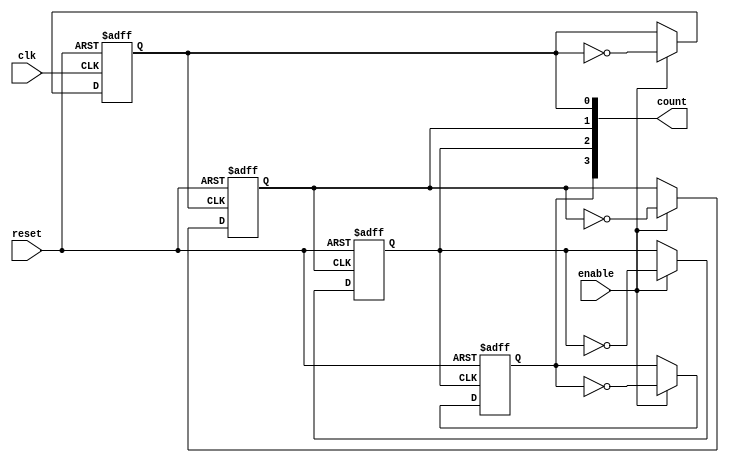
module ChainedParallelCounter #(
    parameter N = 4 // Number of bits (flip-flops)
)(
    input wire clk,          // Clock signal
    input wire reset,        // Asynchronous reset
    input wire enable,       // Enable signal
    output reg [N-1:0] count // Counter output
);

// Chained Counter Logic
// Each flip-flop's output is connected to the clock of the next one
generate
    genvar i;
    for (i = 0; i < N; i = i + 1) begin : chained_ff
        if (i == 0) begin
            // First flip-flop
            always @(posedge clk or posedge reset) begin
                if (reset) begin
                    count[i] <= 1'b0;
                end else if (enable) begin
                    count[i] <= ~count[i]; // Toggle
                end
            end
        end else begin
            // Subsequent flip-flops
            always @(posedge count[i-1] or posedge reset) begin
                if (reset) begin
                    count[i] <= 1'b0;
                end else if (enable) begin
                    count[i] <= ~count[i]; // Toggle
                end
            end
        end
    end
endgenerate

// Uncomment the following section for Parallel Counter Logic
/*
always @(posedge clk or posedge reset) begin
    if (reset) begin
        count <= {N{1'b0}}; // Reset all bits to 0
    end else if (enable) begin
        count <= count + 1'b1; // Increment the counter
    end
end
*/

endmodule